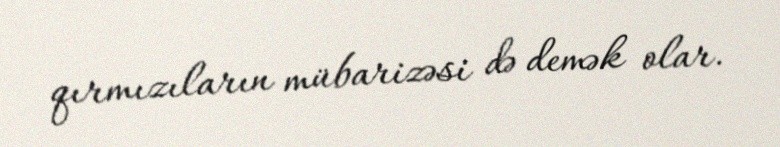
qırmızıların mübarizəsi də demək olar.